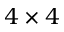
4 \times 4